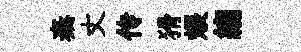
秦丈传猾煨縐